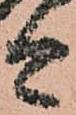
今